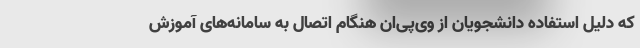
که دلیل استفاده دانشجویان از وی‌پی‌ان هنگام اتصال به سامانه‌های آموزش